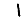
Digit: 1